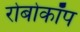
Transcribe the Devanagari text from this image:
रोबोकॉप